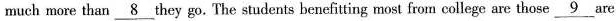
muchmore than \underline{8} they go. The students benefitting most from college are those \underline{9} are